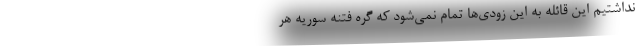
نداشتیم این قائله به این زودی‌ها تمام نمی‌شود که گره فتنه سوریه هر